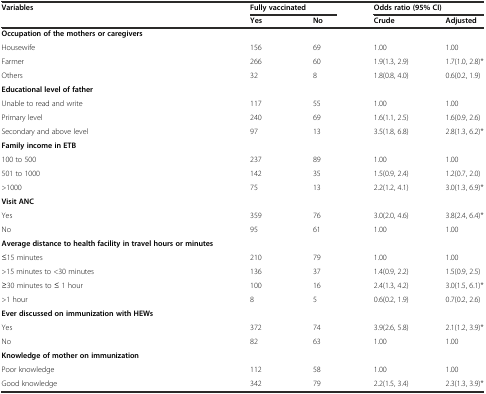
<table><thead><tr><td><b>Variables</b></td><td colspan="2"><b>Fully vaccinated</b></td><td colspan="2"><b>Odds ratio (95% CI)</b></td></tr><tr><td></td><td><b>Yes</b></td><td><b>No</b></td><td><b>Crude</b></td><td><b>Adjusted</b></td></tr></thead><tbody><tr><td><b>Occupation of the mothers or caregivers</b></td><td></td><td></td><td></td><td></td></tr><tr><td>Housewife</td><td>156</td><td>69</td><td>1.00</td><td>1.00</td></tr><tr><td>Farmer</td><td>266</td><td>60</td><td>1.9(1.3, 2.9)</td><td>1.7(1.0, 2.8)*</td></tr><tr><td>Others</td><td>32</td><td>8</td><td>1.8(0.8, 4.0)</td><td>0.6(0.2, 1.9)</td></tr><tr><td><b>Educational level of father</b></td><td></td><td></td><td></td><td></td></tr><tr><td>Unable to read and write</td><td>117</td><td>55</td><td>1.00</td><td>1.00</td></tr><tr><td>Primary level</td><td>240</td><td>69</td><td>1.6(1.1, 2.5)</td><td>1.6(0.9, 2.6)</td></tr><tr><td>Secondary and above level</td><td>97</td><td>13</td><td>3.5(1.8, 6.8)</td><td>2.8(1.3, 6.2)*</td></tr><tr><td><b>Family income in ETB</b></td><td></td><td></td><td></td><td></td></tr><tr><td>100 to 500</td><td>237</td><td>89</td><td>1.00</td><td>1.00</td></tr><tr><td>501 to 1000</td><td>142</td><td>35</td><td>1.5(0.9, 2.4)</td><td>1.2(0.7, 2.0)</td></tr><tr><td>&gt;1000</td><td>75</td><td>13</td><td>2.2(1.2, 4.1)</td><td>3.0(1.3, 6.9)*</td></tr><tr><td><b>Visit ANC</b></td><td></td><td></td><td></td><td></td></tr><tr><td>Yes</td><td>359</td><td>76</td><td>3.0(2.0, 4.6)</td><td>3.8(2.4, 6.4)*</td></tr><tr><td>No</td><td>95</td><td>61</td><td>1.00</td><td>1.00</td></tr><tr><td><b>Average distance to health facility in travel hours or minutes</b></td><td></td><td></td><td></td><td></td></tr><tr><td>≤15 minutes</td><td>210</td><td>79</td><td>1.00</td><td>1.00</td></tr><tr><td>&gt;15 minutes to &lt;30 minutes</td><td>136</td><td>37</td><td>1.4(0.9, 2.2)</td><td>1.5(0.9, 2.5)</td></tr><tr><td>≥30 minutes to ≤ 1 hour</td><td>100</td><td>16</td><td>2.4(1.3, 4.2)</td><td>3.0(1.5, 6.1)*</td></tr><tr><td>&gt;1 hour</td><td>8</td><td>5</td><td>0.6(0.2, 1.9)</td><td>0.7(0.2, 2.6)</td></tr><tr><td><b>Ever discussed on immunization with HEWs</b></td><td></td><td></td><td></td><td></td></tr><tr><td>Yes</td><td>372</td><td>74</td><td>3.9(2.6, 5.8)</td><td>2.1(1.2, 3.9)*</td></tr><tr><td>No</td><td>82</td><td>63</td><td>1.00</td><td>1.00</td></tr><tr><td><b>Knowledge of mother on immunization</b></td><td></td><td></td><td></td><td></td></tr><tr><td>Poor knowledge</td><td>112</td><td>58</td><td>1.00</td><td>1.00</td></tr><tr><td>Good knowledge</td><td>342</td><td>79</td><td>2.2(1.5, 3.4)</td><td>2.3(1.3, 3.9)*</td></tr></tbody></table>